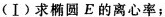
(Ⅰ) 求椭圆E的离心率；